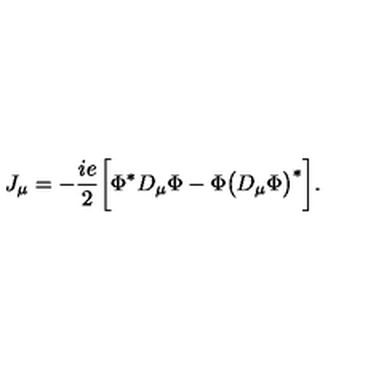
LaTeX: J _ { \mu } = - { \frac { i e } { 2 } } \bigg [ \Phi ^ { \ast } D _ { \mu } \Phi - \Phi \big ( D _ { \mu } \Phi \big ) ^ { \ast } \bigg ] .